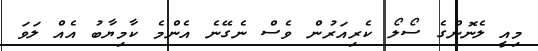
މިއީ ލެނޮންގެ ސޯލޯ ކެރިއަރުން ވެސް ނެގޭނެ އެންމެ ކާމިޔާބު އެއް ލަވަ